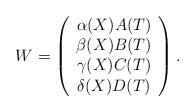
LaTeX: \begin{align*}W=\left( \begin{array}{c}\alpha (X)A(T) \\ \beta (X)B(T) \\ \gamma (X)C(T) \\ \delta (X)D(T)\end{array}\right) . \end{align*}